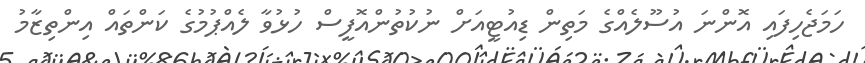
ހަމަޖެހިފައި އޮންނަ އުސޫލެއްގެ މަތިން ޑިއުޓީއަށް ނުކުތުންއޮފީސް ހުޅުވާ ލެއްޕުމުގެ ކަންތައް އިންތިޒާމު